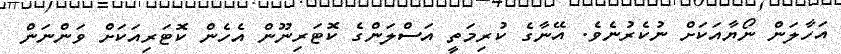
އަހާލަން ނޯޔާއަކަށް ނުކެރުނެވެ. އޭނާގެ ކުރިމަތީ އަސްލަންގެ ކޮޓަރިނޫން އެހެން ކޮޓަރިއަކަށް ވަންނަން